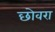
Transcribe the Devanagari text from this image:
छोवरा